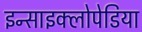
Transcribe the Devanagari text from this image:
इन्साइक्लोपेडिया